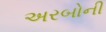
અરબોની